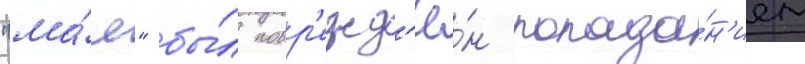
"ма́я" бы́л повр'ежд'ё́н попада́н'ием